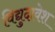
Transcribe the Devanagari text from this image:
विद्युदावेश